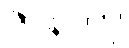
ဇာနာတု